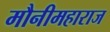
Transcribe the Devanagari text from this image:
मौनीमहाराज